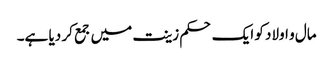
مال و اولاد کو ایک حکم زینت میں جمع کر دیا ہے۔